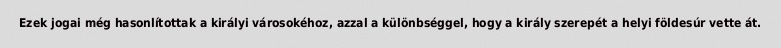
Ezek jogai még hasonlítottak a királyi városokéhoz, azzal a különbséggel, hogy a király szerepét a helyi földesúr vette át.